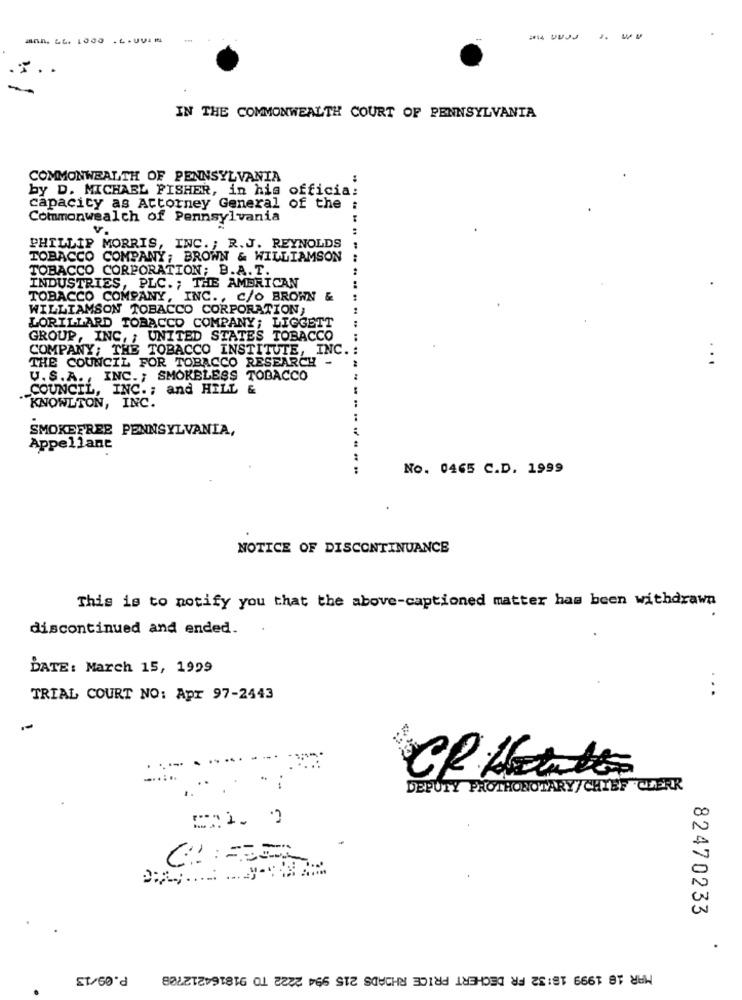
....
IN THE COMMONWEALTH COURT OF PENNSYLVANIA
COMMONWEALTH OF PENNSYLVANIA
by D. MICHAEL FISHER, in his officia:
capacity as Attorney General of the
Commonwealth of Pennsylvania
PHILLIP MORRIS, INC. ; R.J. REYNOLDS
TOBACCO COMPANY; BROWN & WILLIAMSON
TOBACCO CORPORATION; B.A. T.
INDUSTRIES, PLC. ; THE AMERICAN
TOBACCO COMPANY, INC ., C/O_BROWN &
WILLIAMSON TOBACCO CORPORATION;
LORILLARD TOBACCO COMPANY; LIGGETT
GROUP, INC, ; UNITED STATES TOBACCO
COMPANY; THE TOBACCO INSTITUTE, INC.
THE COUNCIL FOR TOBACCO RESEARCH -
..
V.S.A ., INC. ; SMOKELESS TOBACCO
COUNCIL, INC .; and HILL &
KNOWLTON, INC.
..
SMOKEFREE PENNSYLVANIA,
Appellant
:
No. 0465 C.D. 1999
NOTICE OF DISCONTINUANCE
This is to notify you that the above-captioned matter has been withdrawn
discontinued and ended.
DATE: March 15, 1999
TRIAL COURT NO: Apr 97-2443
...
DEPUTY PROTHOROTARY/CHIEF CHERR
82470233
P.09/13
MAR 18 1999 18:32 FR DECHERT PRICE RHOADS 215 994 2222 TO 918164212708